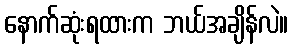
နောက်ဆုံးရထားက ဘယ်အချိန်လဲ။